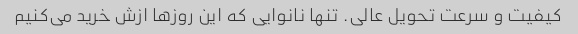
کیفیت و سرعت تحویل عالی. تنها نانوایی که این روزها ازش خرید می‌کنیم